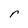
Character: r